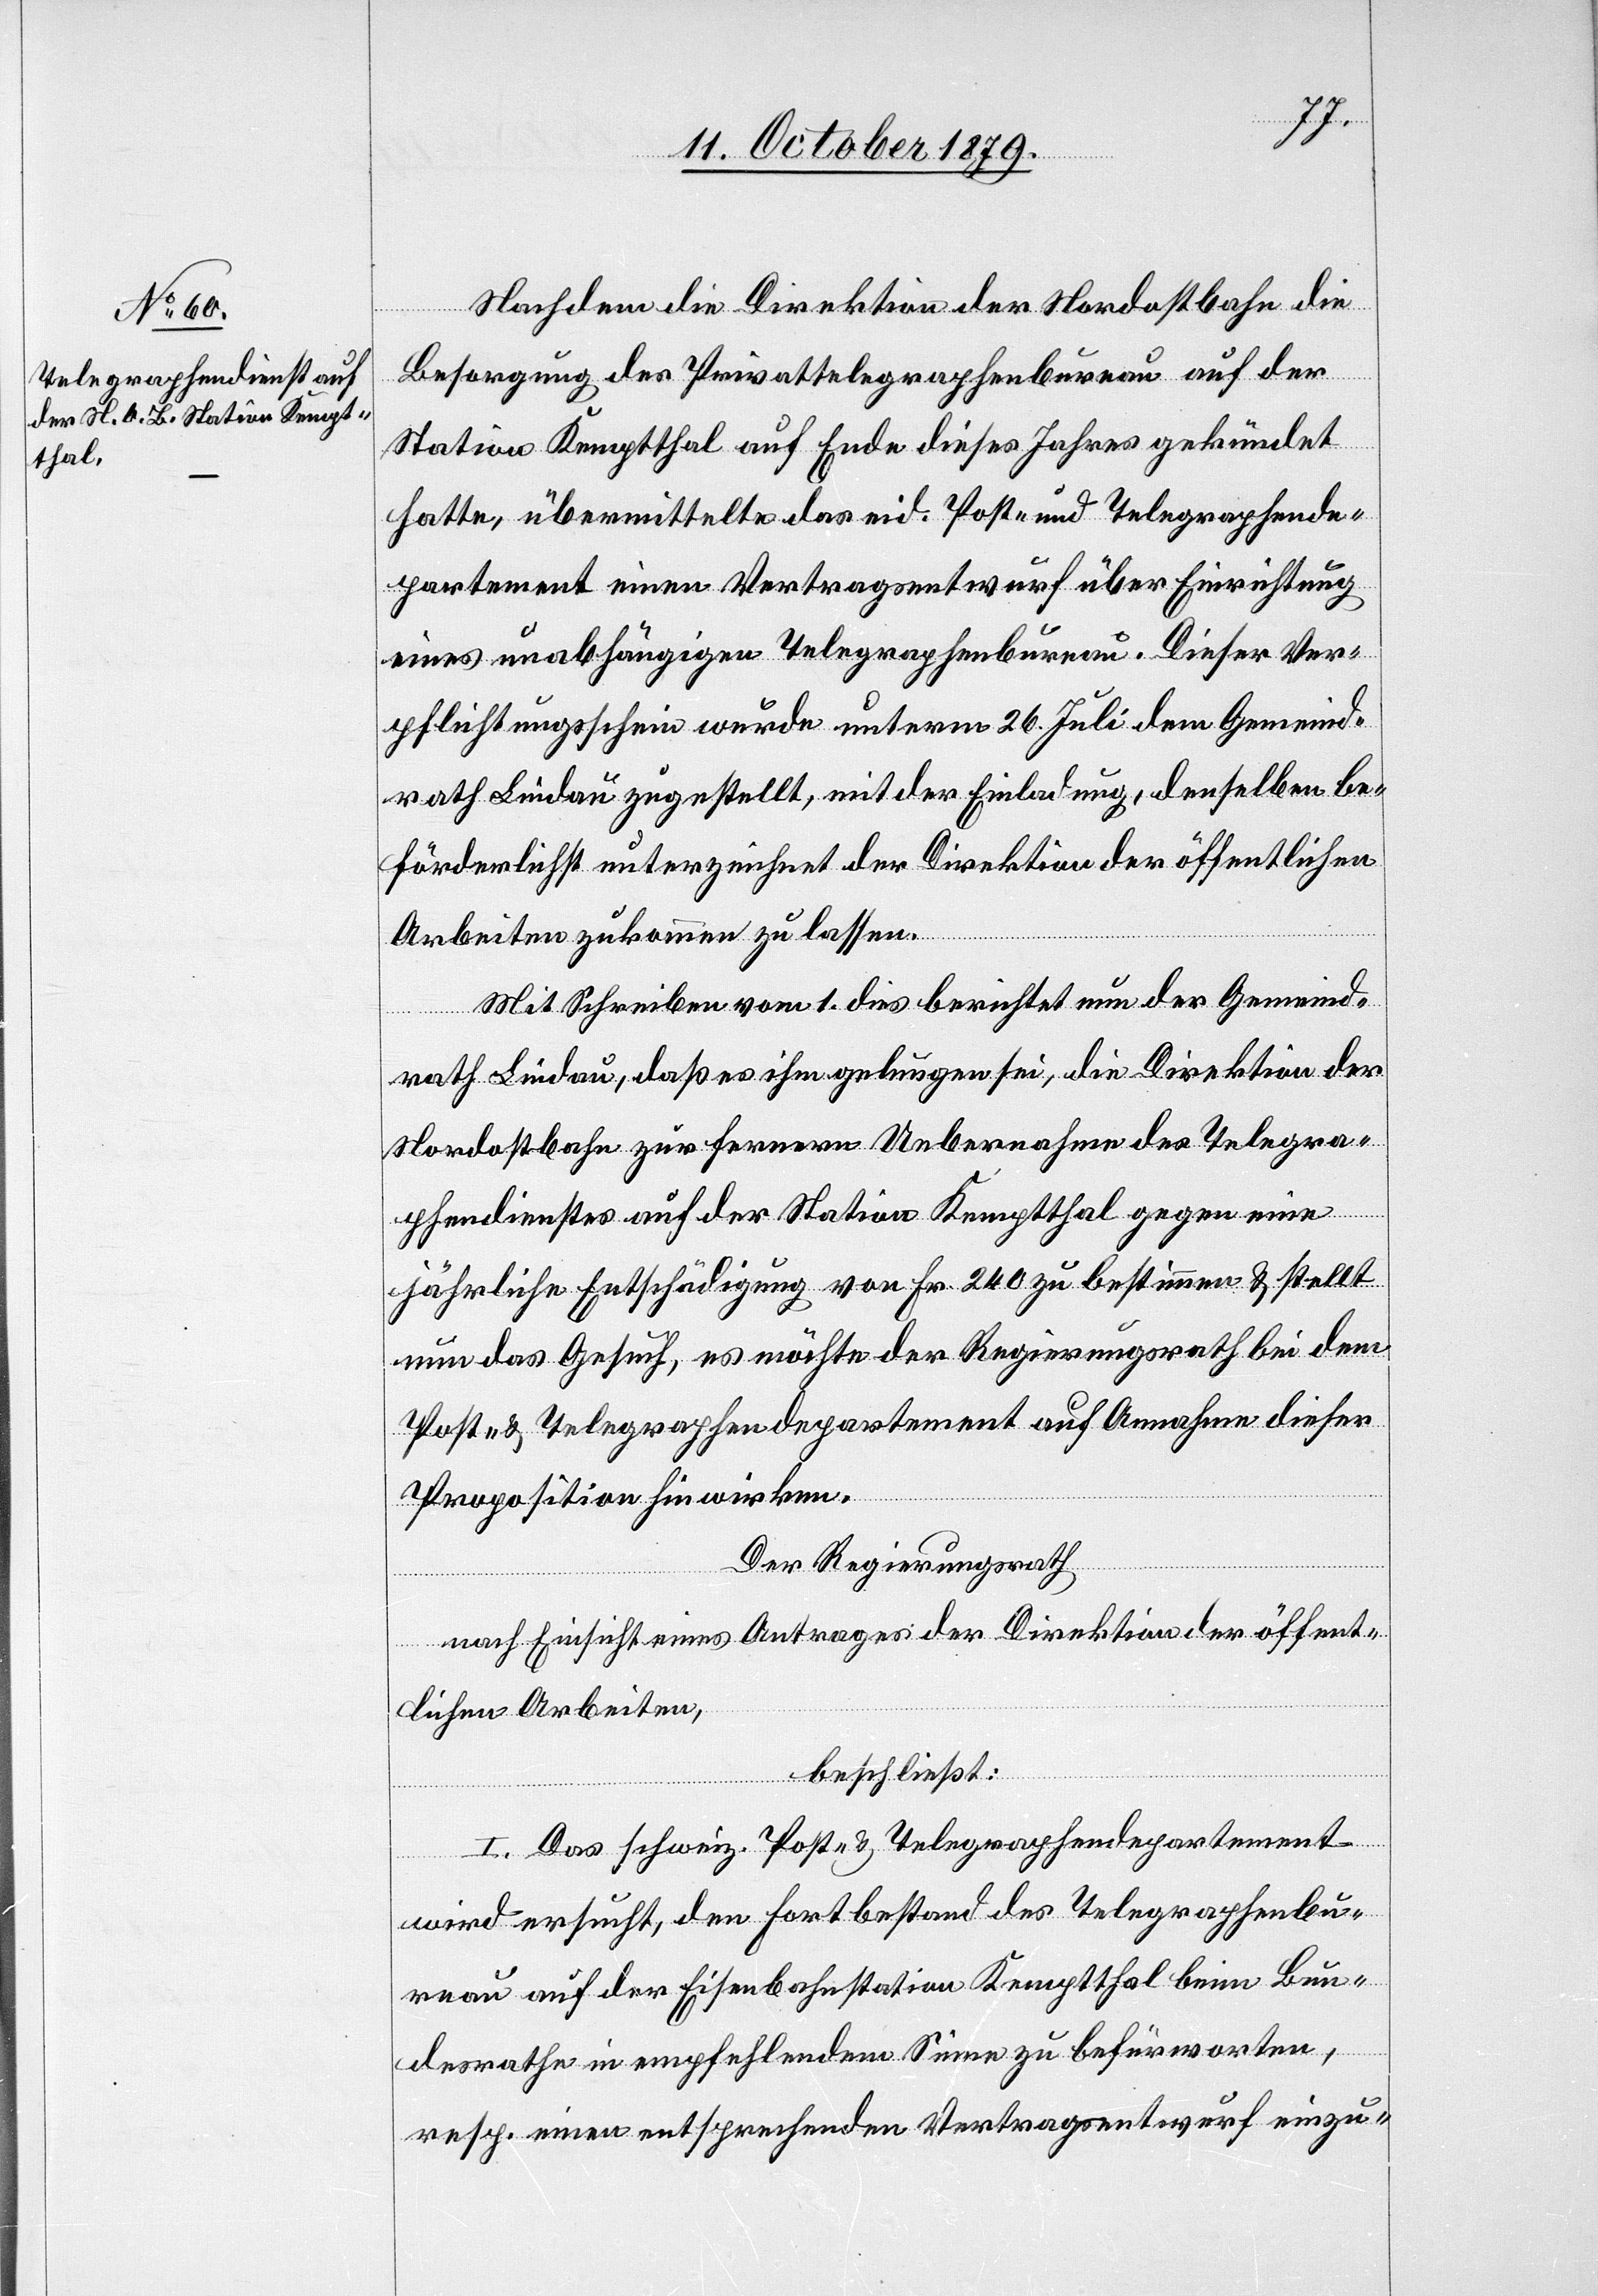
Nachdem die Direktion der Nordostbahn die
Besorgung des Privattelegraphenbureau auf der
Station Kemptthal auf Ende dieses Jahres gekündet
hatte, übermittelte das eid. Post- & Telegraphende¬
partement einen Vertragsentwurf über Einrichtung
eines unabhängigen Telegraphenbureau. Dieser Ver¬
pflichtungsschein wurde unterm 26. Juli dem Gemeind¬
rath Lindau zugestellt, mit der Einladung, denselben be¬
förderlichst unterzeichnet der Direktion der öffentlichen
Arbeiten zukommen zu lassen.
Mit Schreiben vom 1. dies berichtet nun der Gemeind¬
rath Lindau, daß es ihm gelungen sei, die Direktion der
Nordostbahn zur fernern Uebernahme des Telegra¬
phendienstes auf der Station Kemptthal gegen eine
jährliche Entschädigung von Fr. 240 zu bestimmen & stellt
nun das Gesuch, es möchte der Regierungsrath bei dem
Post- & Telegraphendepartement auf Annahme dieser
Proposition hinwirken.
Der Regierungsrath,
nach Einsicht eines Antrages der Direktion der öffent¬
lichen Arbeiten,
beschließt:
I. Das schweiz. Post- & Telegraphendepartement
wird ersucht, den Fortbestand des Telegraphenbu¬
reau auf der Eisenbahnstation Kemptthal beim Bun¬
desrathe in empfehlendem Sinne zu befürworten,
resp. einen entsprechenden Vertragsentwurf einzu-